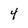
Character: 4